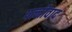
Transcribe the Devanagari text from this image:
पत्नीवाद